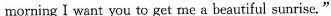
morning I want you to get me a beautiful sunrise."